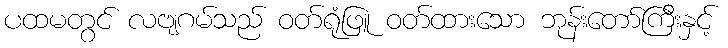
ပထမတွင် လဗျဂမ်သည် ဝတ်ရုံဖြူ ဝတ်ထားသော ဘုန်းတော်ကြီးနှင့်